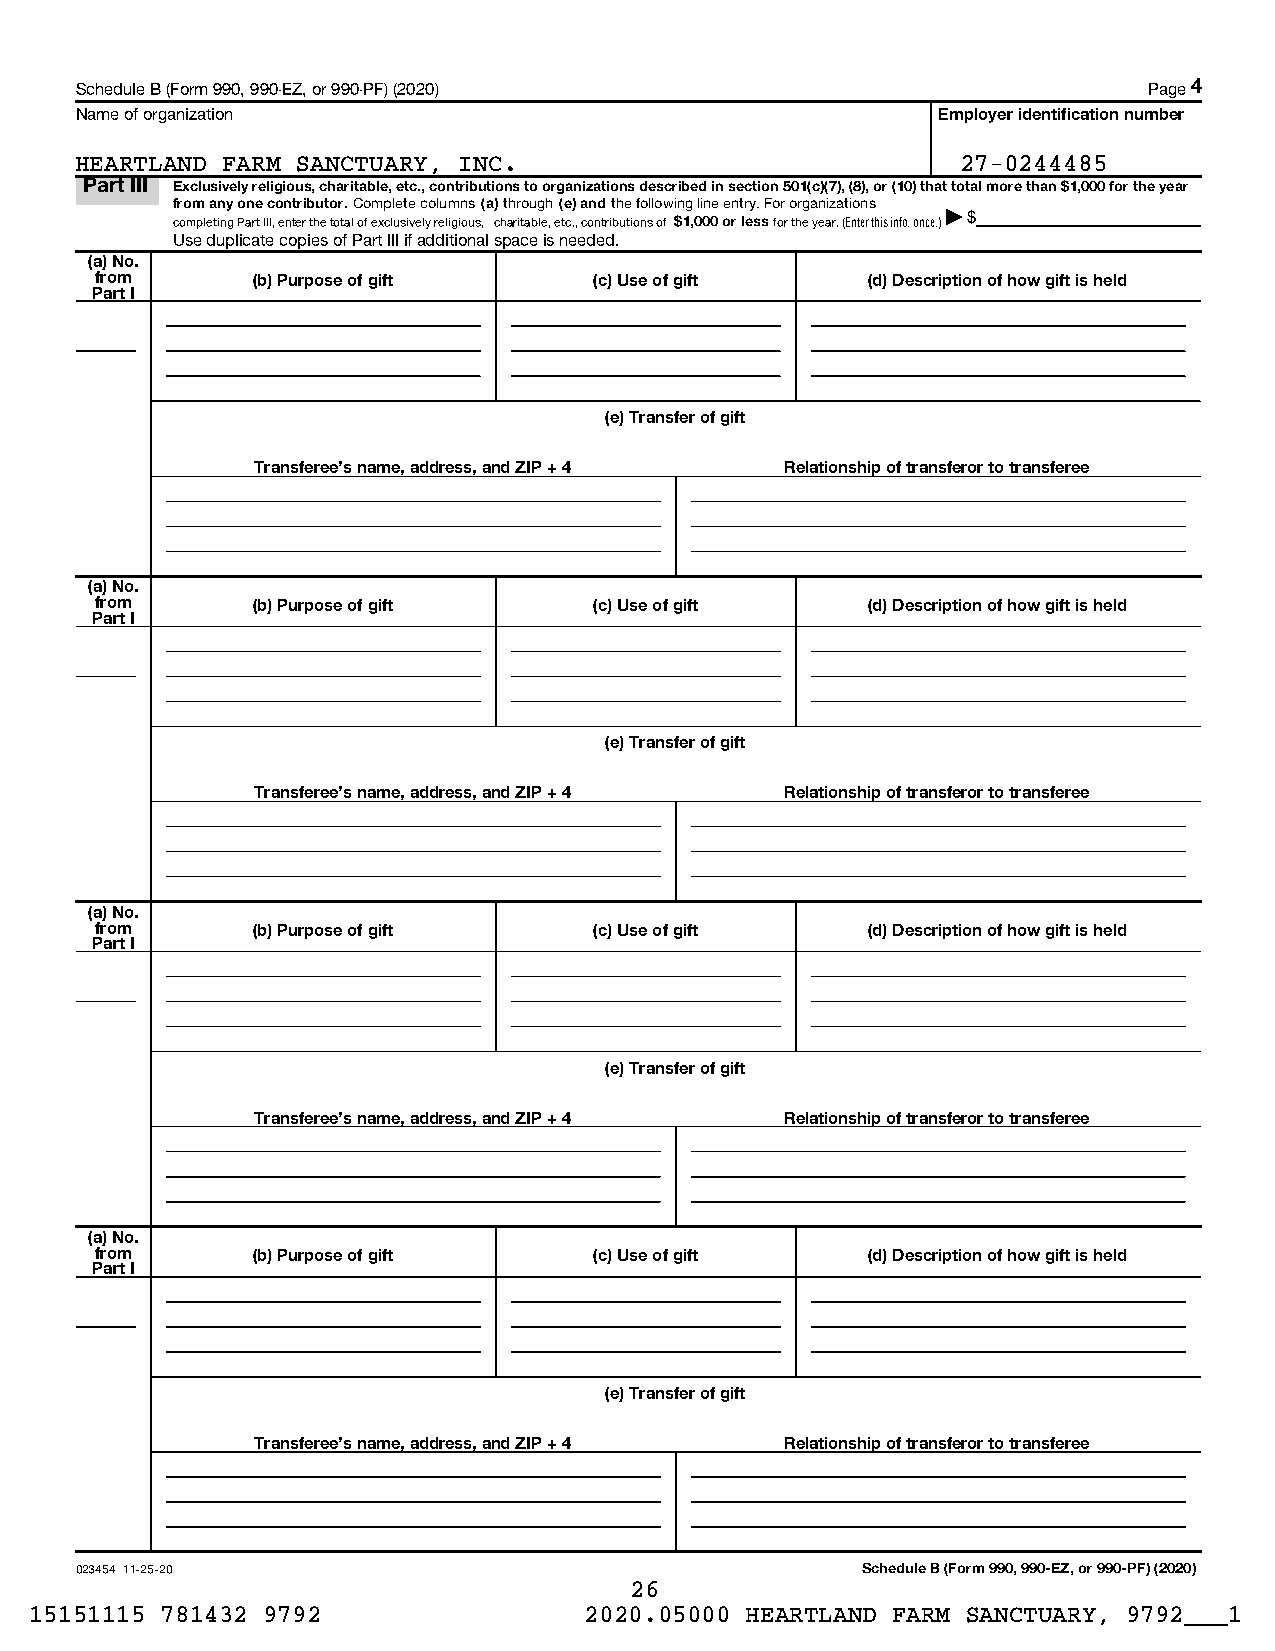
Schedule B (Form 990, 990-EZ, or 990-PF) (2020)                        Page 4
 Name of organization                                     Employer identification number
 HEARTLAND FARM SANCTUARY, INC.                             27-0244485
 Part III Exclusively religious, charitable, etc., contributions to organizations described in section 501(c)(7), (8), or (10) that total more than $1,000 for the year
 from any one contributor. Complete columns (a) through (e) and the following line entry. For organizations
 completing Part III, enter the total of exclusively religious, charitable, etc., contributions of $1,000 or less for the year. (Enter this info. once.)| $
 Use duplicate copies of Part III if additional space is needed.
 (a) No.
 from       (b) Purpose of gift   (c) Use of gift   (d) Description of how gift is held
 Part I
 (e) Transfer of gift
 Transferee's name, address, and ZIP + 4 Relationship of transferor to transferee
 (a) No.
 from       (b) Purpose of gift   (c) Use of gift   (d) Description of how gift is held
 Part I
 (e) Transfer of gift
 Transferee's name, address, and ZIP + 4 Relationship of transferor to transferee
 (a) No.
 from       (b) Purpose of gift   (c) Use of gift   (d) Description of how gift is held
 Part I
 (e) Transfer of gift
 Transferee's name, address, and ZIP + 4 Relationship of transferor to transferee
 (a) No.
 from       (b) Purpose of gift   (c) Use of gift   (d) Description of how gift is held
 Part I
 (e) Transfer of gift
 Transferee's name, address, and ZIP + 4 Relationship of transferor to transferee
 023454 11-25-20                                     Schedule B (Form 990, 990-EZ, or 990-PF) (2020)
 26
 15151115 781432 9792                 2020.05000 HEARTLAND FARM SANCTUARY, 9792___1